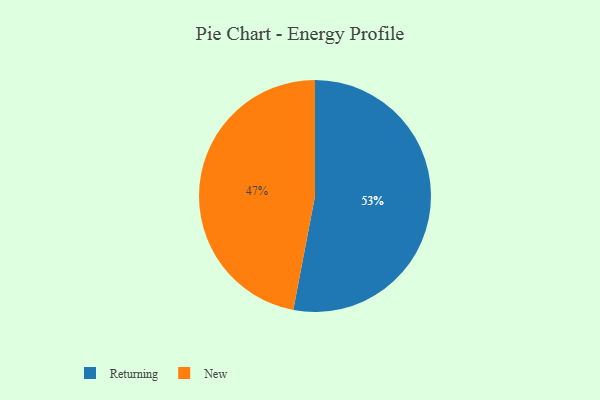
{"axis": {"x": "Category", "y": "Percentage"}, "legend": ["New", "Returning"], "data": [{"x": "Returning", "y": 53, "type": "Returning"}, {"x": "New", "y": 47, "type": "New"}]}